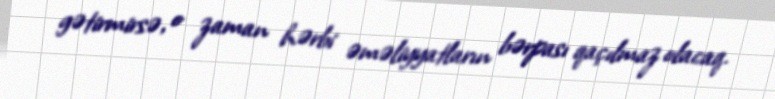
gətirmirsə, o zaman hərbi əməliyyatların bərpası qaçılmaz olacaq.